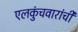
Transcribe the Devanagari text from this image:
एलकुंचवारांची